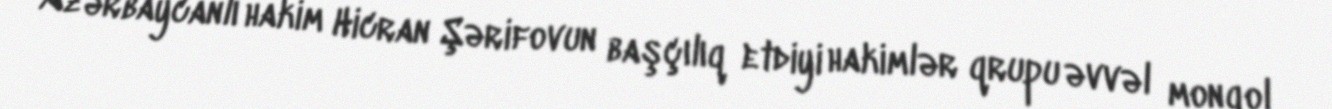
Azərbaycanlı hakim Hicran Şərifovun başçılıq etdiyi hakimlər qrupu əvvəl monqol